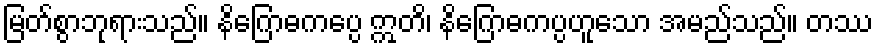
မြတ်စွာဘုရားသည်။ နိဂြောဓကပ္ပေ ဣတိ၊ နိဂြောဓကပ္ပဟူသော အမည်သည်။ တဿ